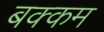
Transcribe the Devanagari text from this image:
बक्कम